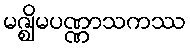
မဇ္ဈိမပဏ္ဏာသကဿ